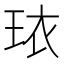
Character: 𬍠